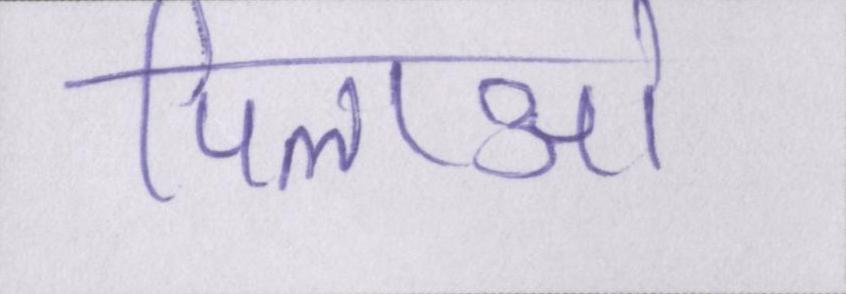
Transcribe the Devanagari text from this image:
पिलाओ